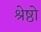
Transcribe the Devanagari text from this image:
श्रेष्ठो